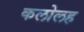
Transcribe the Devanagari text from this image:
कलोलह